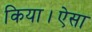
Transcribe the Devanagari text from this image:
किया।ऐसा